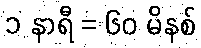
၁ နာရီ = ၆၀ မိနစ်